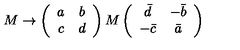
M \rightarrow \left( \begin{array} { c c } { a } & { b } \\ { c } & { d } \\ \end{array} \right) M \left( \begin{array} { c c } { \bar { d } } & { - \bar { b } } \\ { - \bar { c } } & { \bar { a } } \\ \end{array} \right)